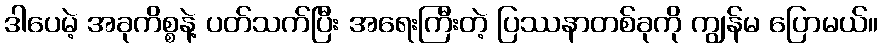
ဒါပေမဲ့ အခုကိစ္စနဲ့ ပတ်သက်ပြီး အရေးကြီးတဲ့ ပြဿနာတစ်ခုကို ကျွန်မ ပြောမယ်။